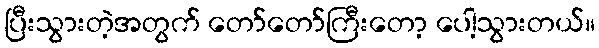
ပြီးသွားတဲ့အတွက် တော်တော်ကြီးတော့ ပေါ့သွားတယ်။